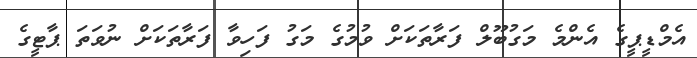
އެމްޑީޕީގެ އެންމެ މަގުބޫލް ފަރާތަކަށް ވުމުގެ މަގު ފަހިވާ ފަރާތަކަށް ނުވަތަ ޕާޓީގެ